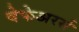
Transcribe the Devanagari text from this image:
वेफेअरर्स